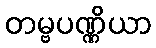
တမ္ဗပဏ္ဏိယာ